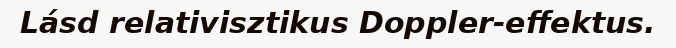
Lásd relativisztikus Doppler-effektus.